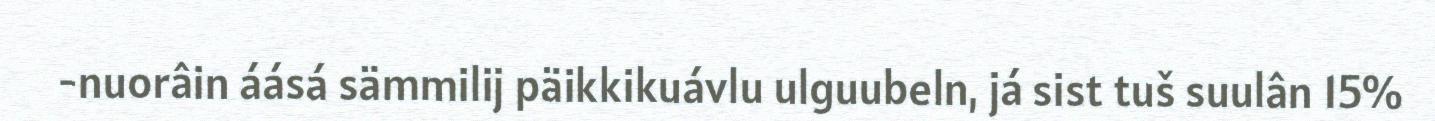
-nuorâin áásá sämmilij päikkikuávlu ulguubeln, já sist tuš suulân 15%